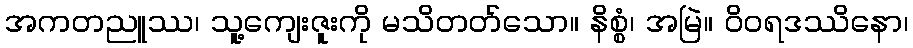
အကတညူဿ၊ သူ့ကျေးဇူးကို မသိတတ်သော။ နိစ္စံ၊ အမြဲ။ ဝိဝရဒဿိနော၊